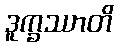
ဒူက္ခဿာတိ